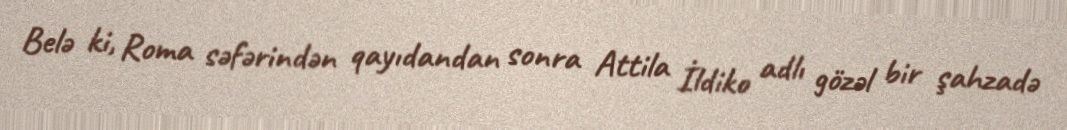
Belə ki, Roma səfərindən qayıdandan sonra Attila İldiko adlı gözəl bir şahzadə